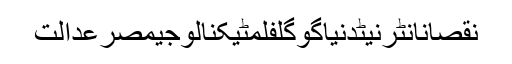
نقصانانٹرنیٹدنیاگوگلفلمٹیکنالوجیمصرعدالت